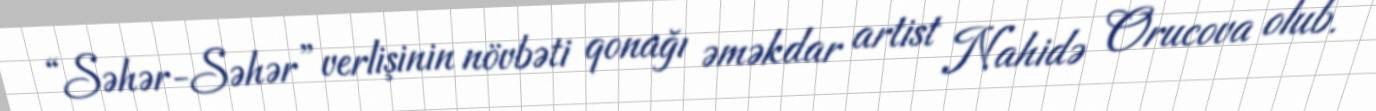
“Səhər-Səhər” verlişinin növbəti qonağı əməkdar artist Nahidə Orucova olub.